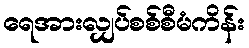
ရေအားလျှပ်စစ်စီမံကိန်း